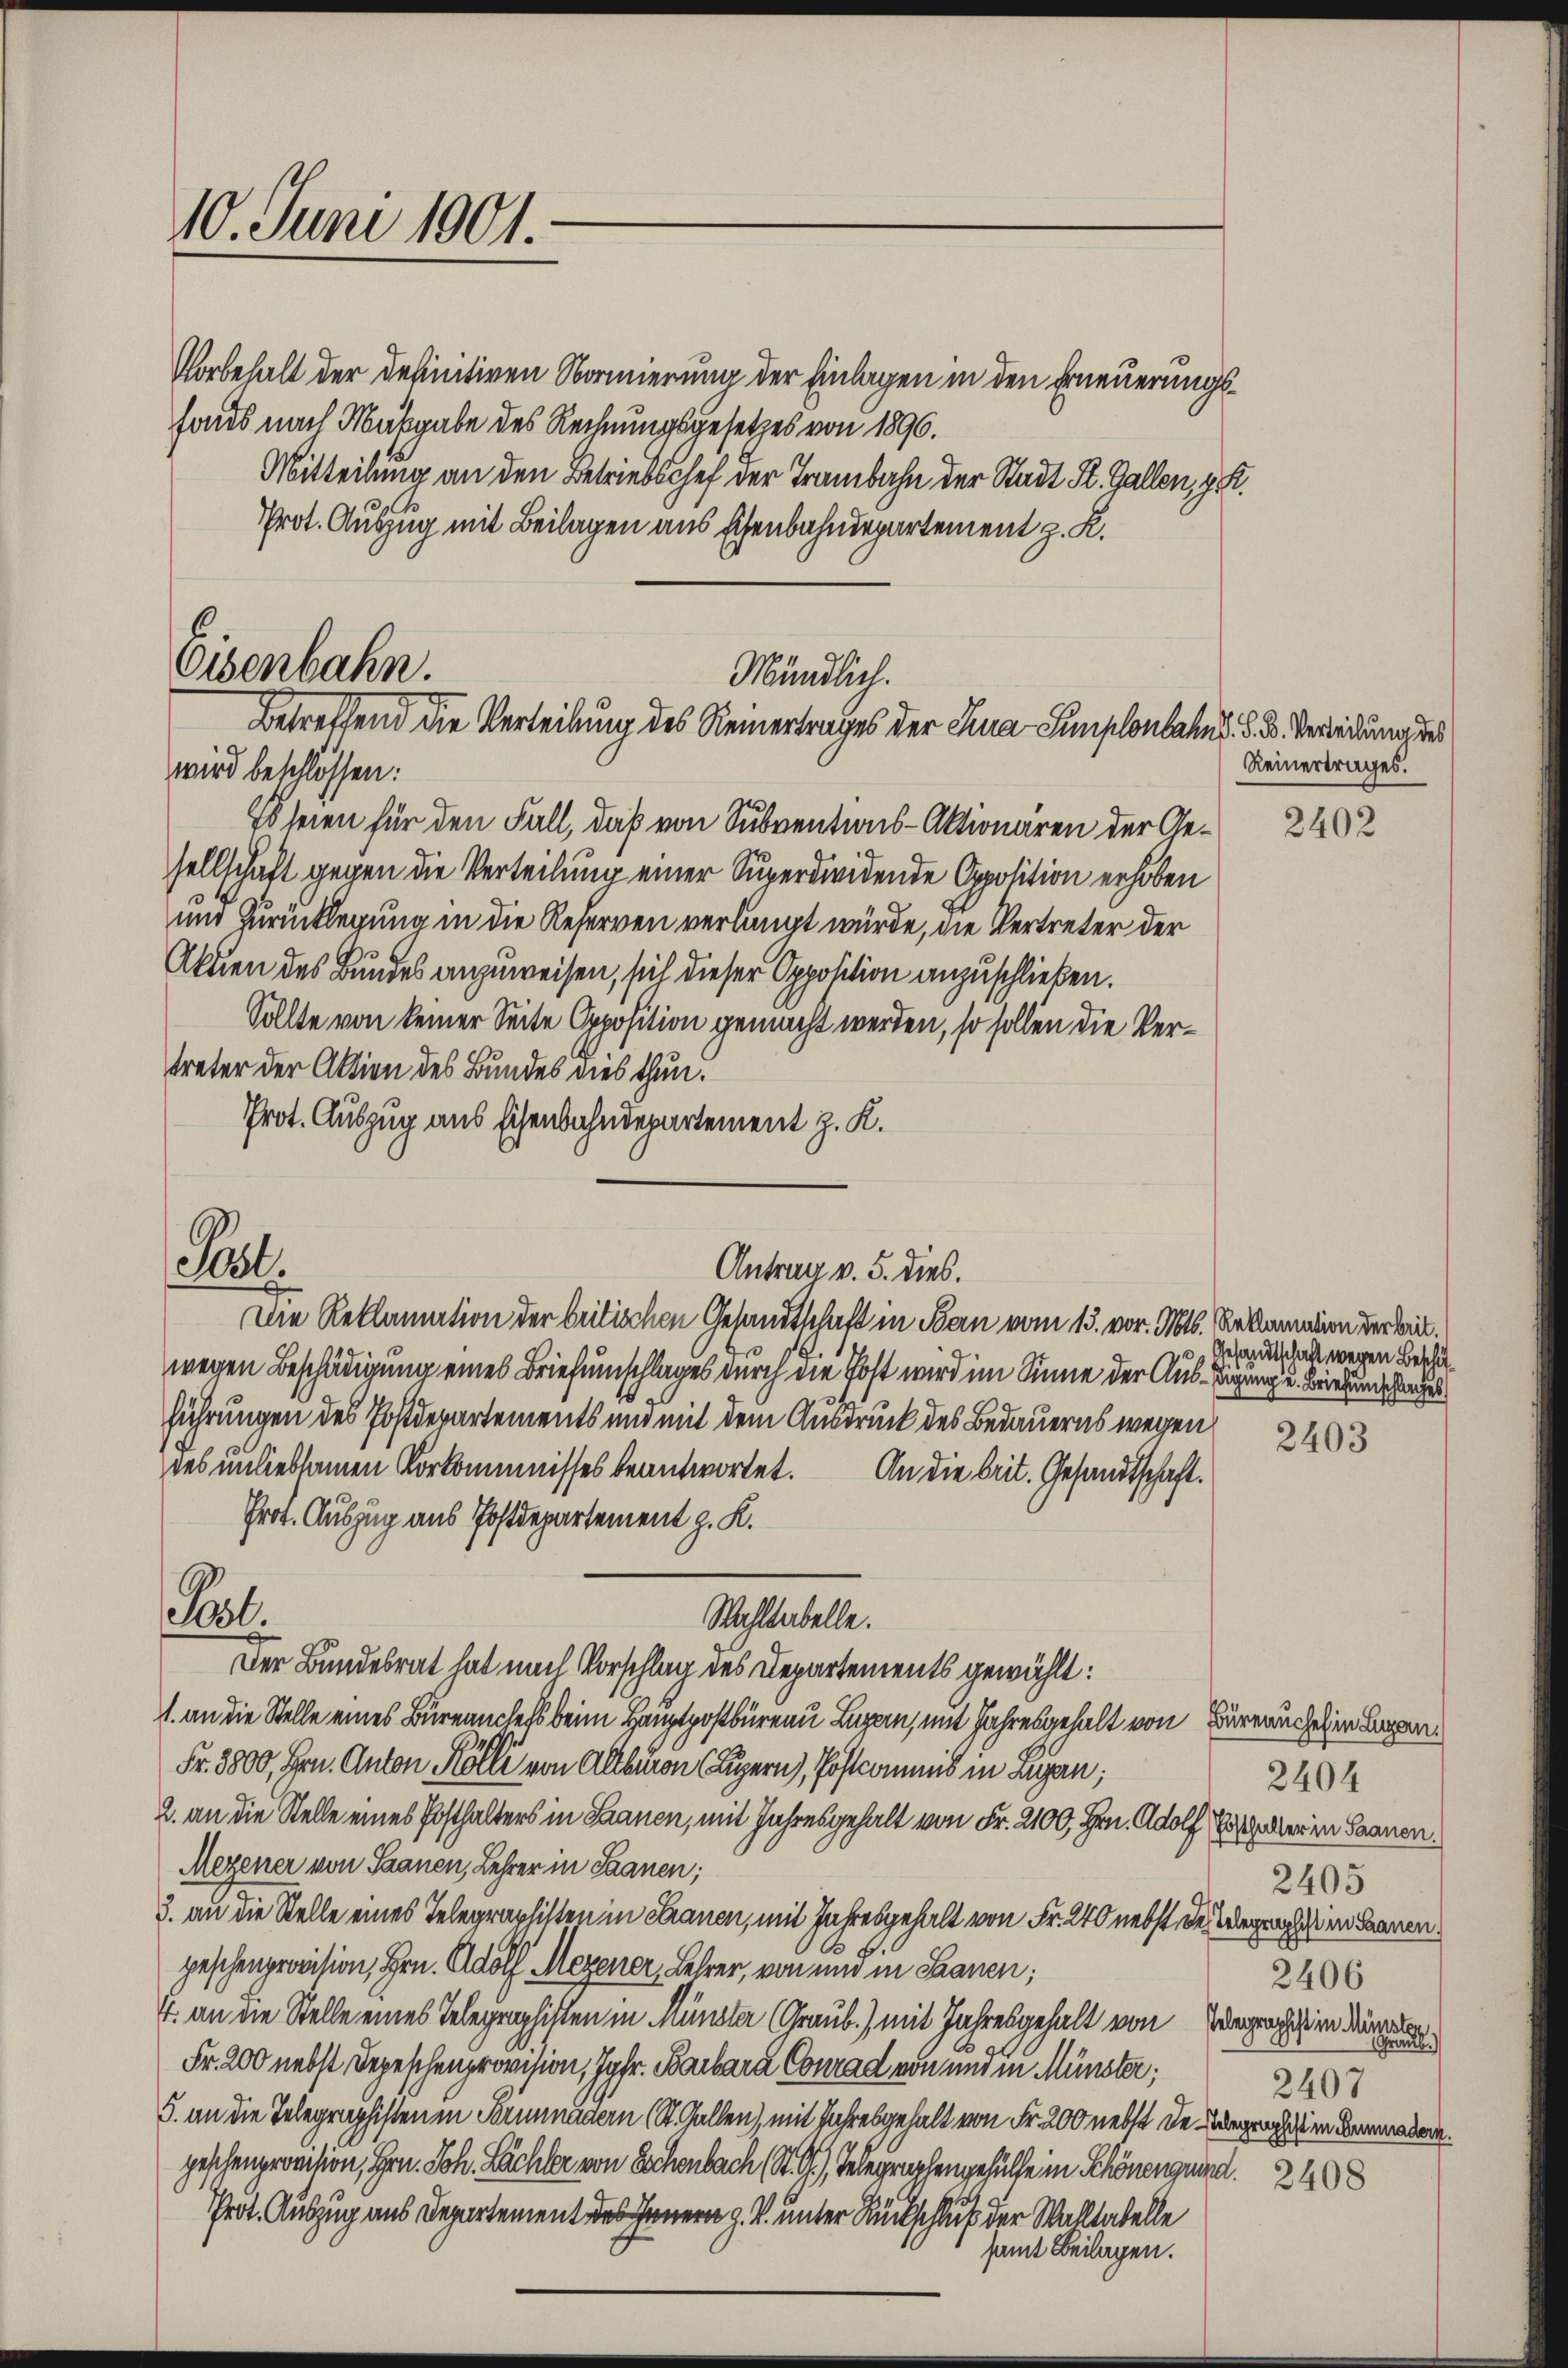
10. Juni 1801.

Vorbehalt der definitiven Normierung der Einlagen in den Erneuerungssauds nach Maßgabe des Rechnungsgesetzes von 1896.
Mitteilung an den Betriebschef der Trambahn der Stadt St. Gallen, z.
Prot. Auszug mit Beilagen aus Eschenbahndepartement z. K.

Eisenbahn.
Mündlich.
Betreffend die Verteilung des Reinertrages der Eina-Simplonland. §. 3. Verleidung des
wird beschlossen:

Post.

Es seien für den Fall, daß von Subventions-Aktionären der Gesellschaft gegen die Verteilung einer Superdieidende Opposition erhoben
und Zurücklegung in die Reserven verlangt würde, die Vertreter der
Akten des Bundes anzuweisen, sich dieser Opposition anzuschließen.
Sollte von keiner Seite Opposition gemacht werden, so sollen die Vertreter der Aktion des Bundes dies thun.
Prot. Auszug aus Eisenbahndepartement z. K.
Die Reklamation der britischen Gesandtschaft in Bern vom 15. vor. Mts. Reklamation der Beiwegen Beschädigung eines Briefumschlages durch die Post wird im Sinne der Aus-Sigung u. Briehungslages
führungen des Postdepartements und mit dem Ausdruck des Bedauerns wegen
des unliebsamen Vorkommnisses beantwortet. An die beit. Gesandtschaft.
Prot. Auszug aus Postdepartement z. K.
Pol.
Wahltabelle.
Der Bundesrat hat nach Vorschlag des Departements gewählt:
1. an die Stelle eines Büreauchefs beim Hauptpostbüreau Luzern, mit Jahresgehalt von Büreauschehen legen
Fr. 3800, Hrn. Anton Kölli von Altburon Luzern), Postcommis in Lugan;
2. an die Stelle eines Posthalters in Saanen, mit Jahresgehalt von Fr. 2100, Hrn. Adolf Erschaller in Saanen
Mezener von Saanen, Lehrer in Saanen;
3. an die Stelle eines Telegraphisten in Frauen, mit Jahresgehalt von Fr. 240 nebst des Wegeist in Bannen
peschenprovision, Hrn. Adolf Mezener, Lehrer, von und in Saanen;
4. an die Stelle eines Telegraphisten in Münster (Graub.) mit Jahresgehalt von
Fr. 200 nebst Depeschenprovision, Jgfr. Barbara Conrad von und zu Münster;
5. an die Telegraphisten in Formenadern (St. Gallen), mit Jahresgehalt von Fr. 200 nebst de Wegrecht in demnaden.
geschenprovision, Hrn. Joh. Sächler von Sachenbach (St. G.) Telegraphengehülfe in Schönenquind.
Prot. Auszug aus Departement des Innern z. B. unter Rückschluß der Wahltatelle

Antrag v. 5. dies.

eilagen.

Reinertrages.

2402

Gesandtschaft wegen Beschä¬

2403

2404
2405
2406
Telegraphist in Münster
Grau
2407

2408